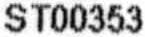
ST00353